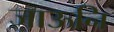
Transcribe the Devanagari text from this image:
जाऊनि